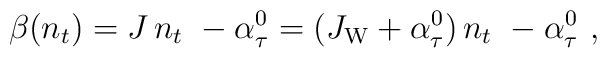
\beta(n_t)= J \,n_t~- \alpha_{\tau}^0 = (J_{\rm W} + \alpha_{\tau}^0 )\,n_t~- \alpha_{\tau}^0~,